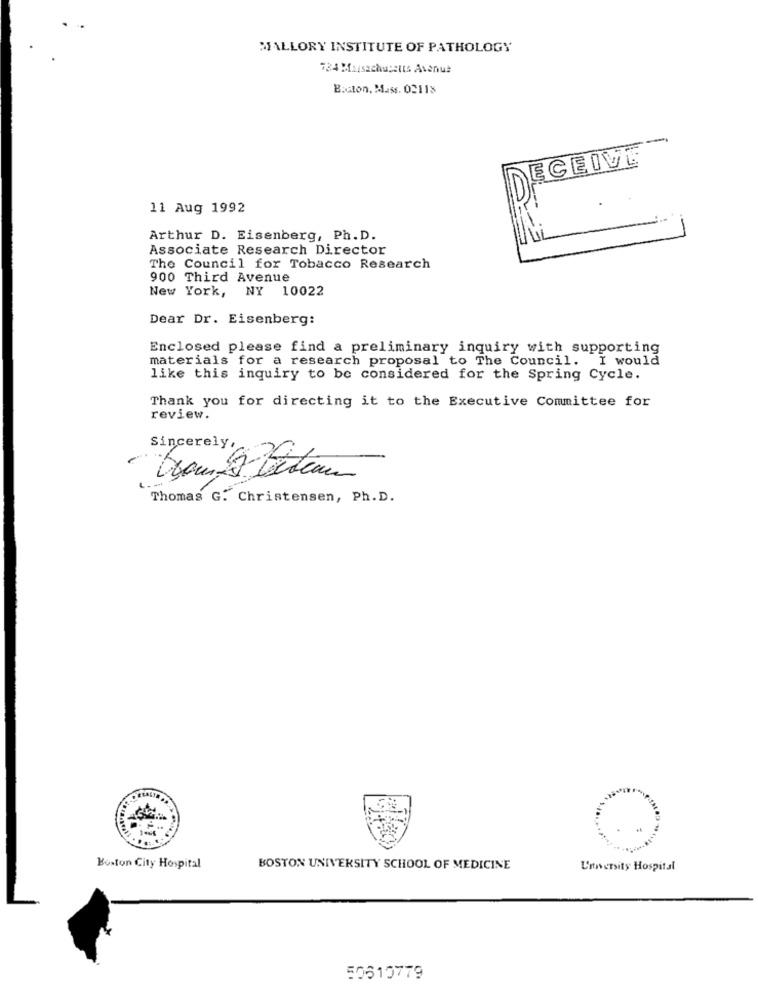
MALLORY INSTITUTE OF PATHOLOGY
734 Massachusetts Avenue
Boston, Mass. 02118
-
ECEIVE
0
11 Aug 1992
Arthur D. Eisenberg, Ph. D.
Associate Research Director
The Council for Tobacco Research
900 Third Avenue
New York, NY 10022
Dear Dr. Eisenberg:
Enclosed please find a preliminary inquiry with supporting
materials for a research proposal to The Council. I would
like this inquiry to be considered for the Spring Cycle.
Thank you for directing it to the Executive Committee for
review.
Sincerely,
Thomas G. Christensen, Ph. D.
Boston City Hospital
BOSTON UNIVERSITY SCHOOL OF MEDICINE
University Hospital
50610779